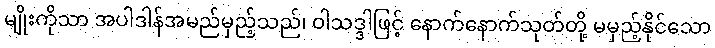
မျိုးကိုသာ အပါဒါန်အမည်မှည့်သည်၊ ဝါသဒ္ဒါဖြင့် နောက်နောက်သုတ်တို့ မမှည့်နိုင်သော